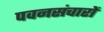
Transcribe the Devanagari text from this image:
पवनसंचारों